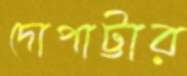
দোপাট্টার